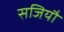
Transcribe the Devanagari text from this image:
सजियौ